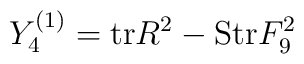
Y_4^{(1)} = {\rm tr} R^2 - {\rm Str} F_9^2